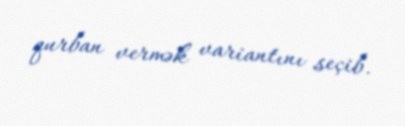
qurban vermək variantını seçib.